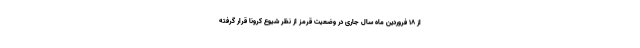
از ۱۸ فروردین ماه سال جاری در وضعیت قرمز از نظر شیوع کرونا قرار گرفته